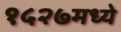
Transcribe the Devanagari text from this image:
१५२७मध्ये